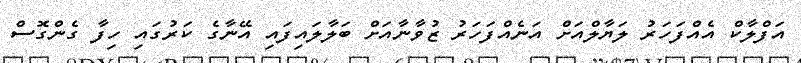
އަފްލާކް އެއްފަހަރު ލަޔާލްއަށް އަނެއްފަހަރު ޒުވާނާއަށް ބަލާލައިފައި އޭނާގެ ކަރުގައި ހިފާ ގެންގޮސް